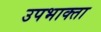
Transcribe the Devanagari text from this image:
उपभाक्ता